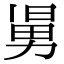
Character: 𠢎